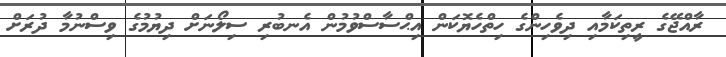
ރާއްޖޭގެ ރީތިކަމާއި ދިވެހިންގެ ހިތްހެޔޮކަން އިޙްސާސްވުމުން އެނބުރި ސިލޯނަށް ދިޔުމުގެ ވިސްނުމާ ދުރަށް